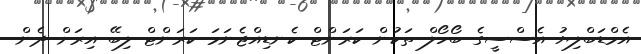
އެމްޑަބްލިޔު އެސްސީގެ ބޯހޯލް ތަކުން ކަރަންޓް ކެނޑިއްޖެނަމަ ކަރަންޓް ލިބޭ އިރަށް ދެން